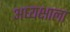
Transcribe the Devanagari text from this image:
अध्यक्षाला